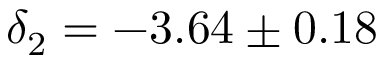
\delta _ { 2 } = - 3 . 6 4 \pm 0 . 1 8